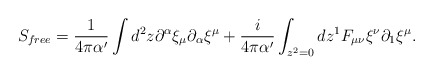
\begin{align*}S_{free} = \frac{1}{4\pi\alpha^\prime} \int d^2z \partial^\alpha\xi_\mu \partial_\alpha \xi^\mu +\frac{i}{4\pi\alpha^\prime}\int_{z^2 =0}dz^1 F_{\mu\nu} \xi^\nu\partial_1 \xi^\mu .\end{align*}